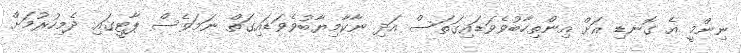
ނިންމީ އެ ގޮނޑި އަށް އިންތިހާބުވެވަޑައިގަތަސް އަދި ނާކާމިޔާބުވެވަޑައިގަތް ނަމަވެސް ޕާޓީގައި ދެމިހުރުމަށް